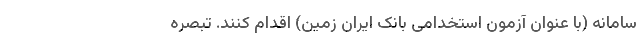
سامانه (با عنوان آزمون استخدامی بانک ایران زمین) اقدام کنند. تبصره